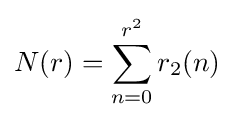
N(r)=\sum _{n=0}^{r^{2}}r_{2}(n)